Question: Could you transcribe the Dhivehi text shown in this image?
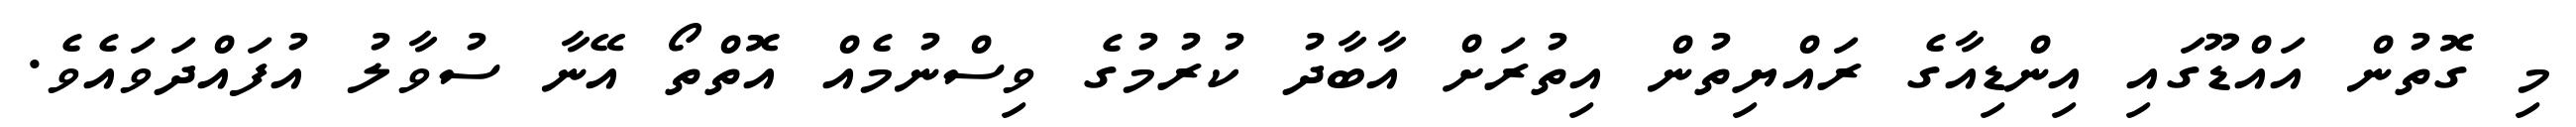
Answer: މި ގޮތުން އައްޑޫގައި އިންޑިއާގެ ރައްޔިތުން އިތުރަށް އާބާދު ކުރުމުގެ ވިސްނުމެއް އޮތްތޯ އޭނާ ސުވާލު އުފައްދަވައެވެ.